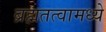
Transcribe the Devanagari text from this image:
ब्रह्मतत्वामध्ये